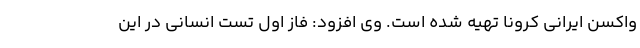
واکسن ایرانی کرونا تهیه شده است. وی افزود: فاز اول تست انسانی در این